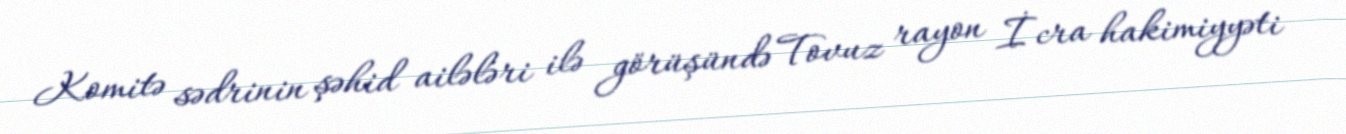
Komitə sədrinin şəhid ailələri ilə görüşündə Tovuz rayon İcra hakimiyyəti